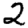
Digit: 2